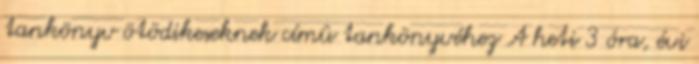
tankönyv ötödikeseknek címû tankönyvéhez A heti 3 óra, évi